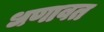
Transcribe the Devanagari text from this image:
धणावत